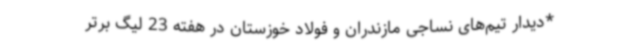
*دیدار تیم‌های نساجی مازندران و فولاد خوزستان در هفته 23 لیگ برتر